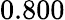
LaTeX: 0.800